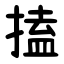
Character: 搕